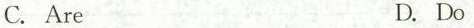
C. Are D. Do